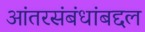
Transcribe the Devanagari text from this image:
आंतरसंबंधांबद्दल